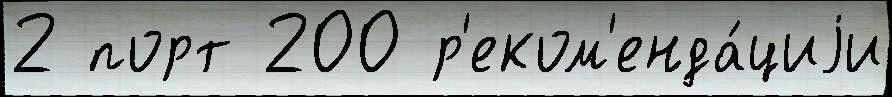
2 порт 200 р'еком'енда́циjи